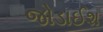
જોડાઈશ